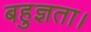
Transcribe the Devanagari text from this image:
बहुज्ञता।